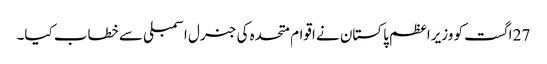
27 اگست کو وزیراعظم پاکستان نے اقوام متحدہ کی جنرل اسمبلی سے خطاب کیا۔